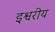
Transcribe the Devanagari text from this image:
इश्वरीय